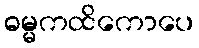
ဓမ္မကထိကောပေ